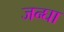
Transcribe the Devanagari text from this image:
जन्घा